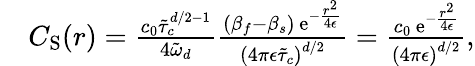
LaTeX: \begin{array}{rl}&{C_{\mathrm{S}}(r)=\frac{c_{0}\tilde{\tau}_{c}^{d/2-1}}{4\tilde{\omega}_{d}}\frac{(\beta_{f}-\beta_{s})\, \mathrm{e}^{-\frac{r^{2}}{4\epsilon}}}{\left(4\pi\epsilon\tilde{\tau}_{c}\right)^{d/2}}=\frac{c_{0}\, \mathrm{e}^{-\frac{r^{2}}{4\epsilon}}}{\left(4\pi\epsilon\right)^{d/2}},}\end{array}